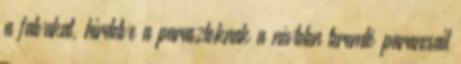
a falvakat, hirdetve a parasztoknak a névtelen teremtő parancsait